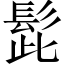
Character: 髭